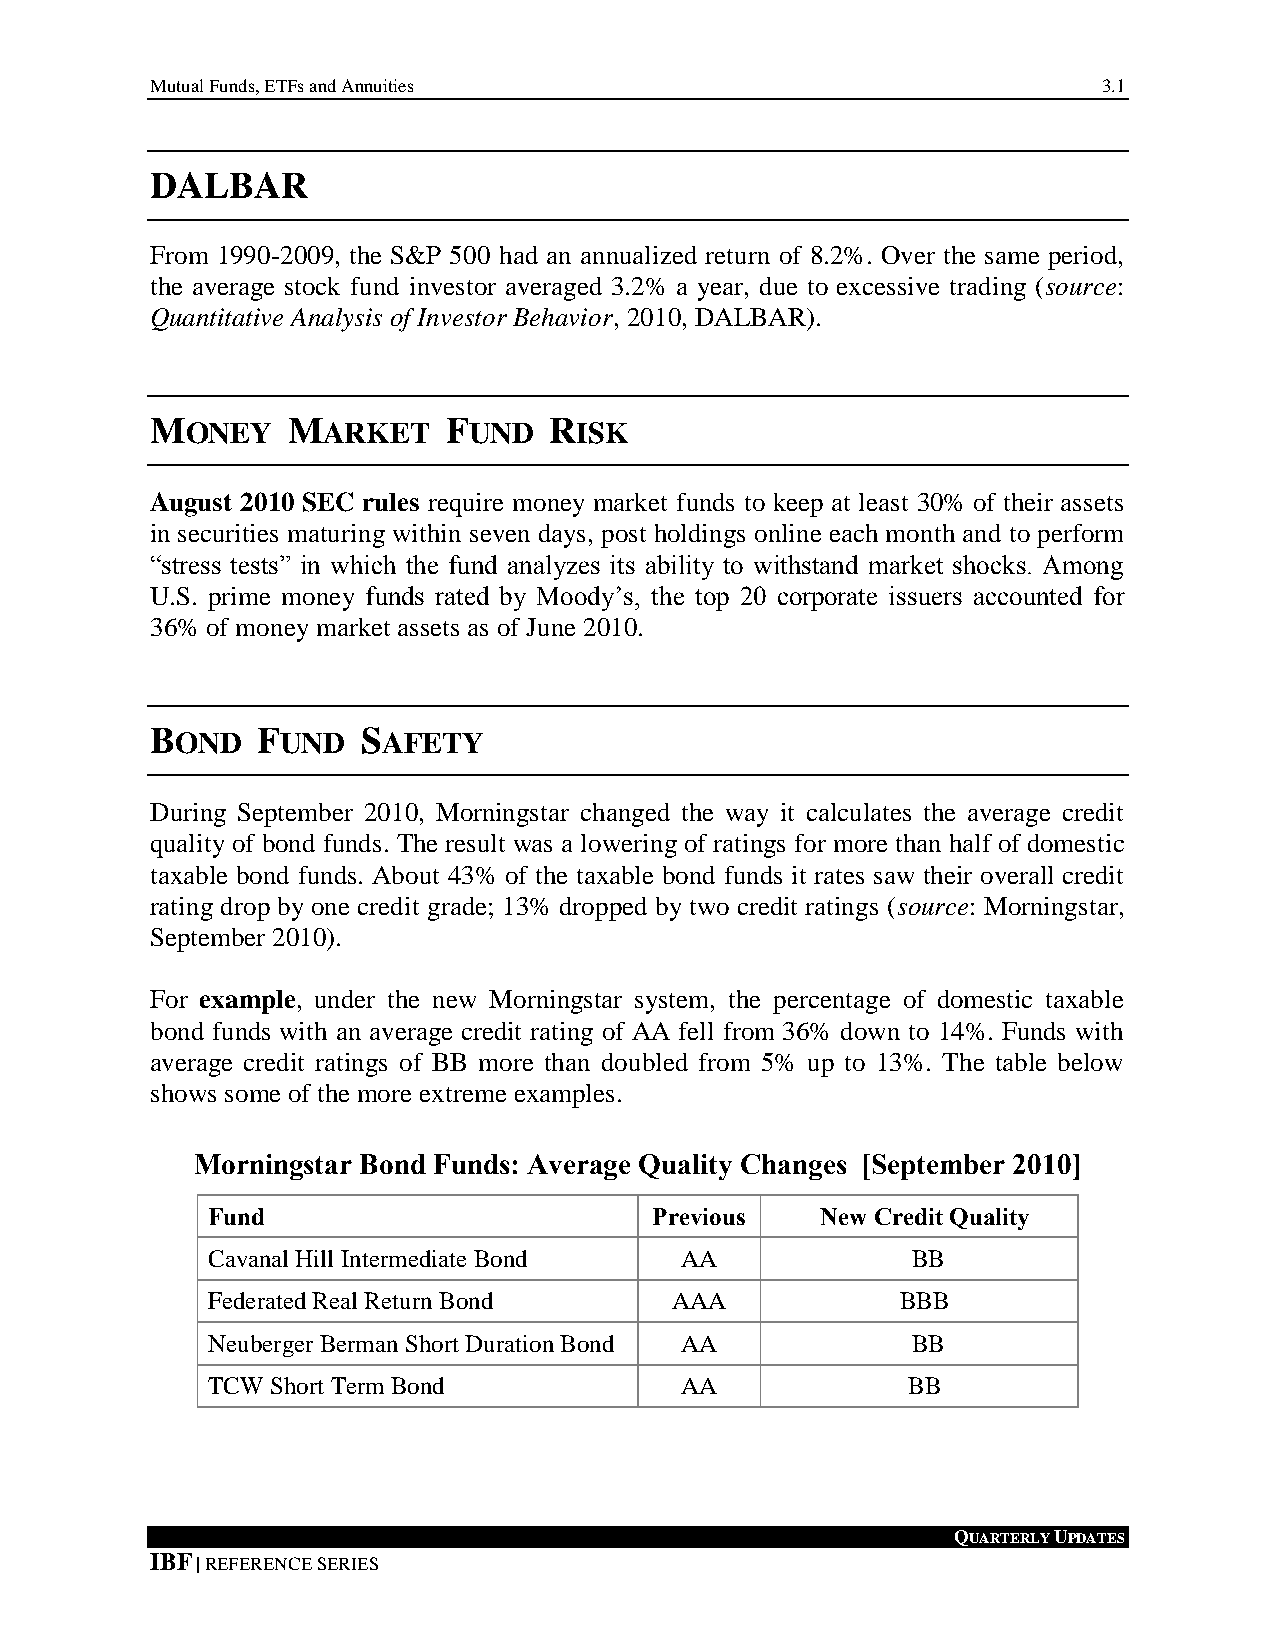
Mutual Funds, ETFs and Annuities                               3.1
 DALBAR
 3.
 From 1990-2009, the S&P 500 had an annualized return of 8.2%. Over the same period,
 the average stock fund investor averaged 3.2% a year, due to excessive trading (source:
 Quantitative Analysis of Investor Behavior, 2010, DALBAR).
 MONEY    MARKET     FUND  RISK
 August 2010 SEC rules require money market funds to keep at least 30% of their assets
 in securities maturing within seven days, post holdings online each month and to perform
 “stress tests” in which the fund analyzes its ability to withstand market shocks. Among
 U.S. prime money funds rated by Moody’s, the top 20 corporate issuers accounted for
 36% of money market assets as of June 2010.
 BOND   FUND   SAFETY
 During September 2010, Morningstar changed the way it calculates the average credit
 quality of bond funds. The result was a lowering of ratings for more than half of domestic
 taxable bond funds. About 43% of the taxable bond funds it rates saw their overall credit
 rating drop by one credit grade; 13% dropped by two credit ratings (source: Morningstar,
 September 2010).
 For example, under the new Morningstar system, the percentage of domestic taxable
 bond funds with an average credit rating of AA fell from 36% down to 14%. Funds with
 average credit ratings of BB more than doubled from 5% up to 13%. The table below
 shows some of the more extreme examples.
 Morningstar Bond Funds: Average Quality Changes [September 2010]
 Fund                         Previous   New Credit Quality
 Cavanal Hill Intermediate Bond AA             BB
 Federated Real Return Bond    AAA             BBB
 Neuberger Berman Short Duration Bond AA       BB
 TCW Short Term Bond            AA             BB
 QUARTERLY UPDATES
 IBF | REFERENCE SERIES